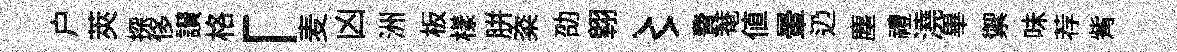
户莢探侈讃格「麦凶洲板樣胼粢劭翺〻費菴値暈辸塵禮澆畢禦味荐觜